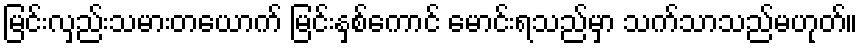
မြင်းလှည်းသမားတယောက် မြင်းနှစ်ကောင် မောင်းရသည်မှာ သက်သာသည်မဟုတ်။